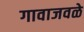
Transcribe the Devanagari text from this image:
गावाजवळे